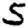
Digit: 5